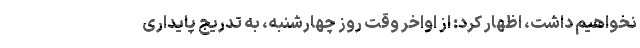
نخواهیم داشت، اظهار کرد: از اواخر وقت روز چهارشنبه، به تدریج پایداری